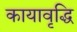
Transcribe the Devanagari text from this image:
कायावृद्धि